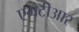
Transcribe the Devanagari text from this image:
एमटीआर